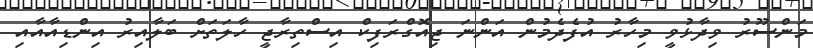
މަންސޫރު ވިދާޅުވީ މިހާރު އުފެދެމުން އަންނަ ޖިއޮގްރަފިކް އިސްތިރާޖީ ހާލަތަށް ބަލާއިރު އިންޑިއާއާއި